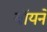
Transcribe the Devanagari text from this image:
बॉयने